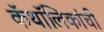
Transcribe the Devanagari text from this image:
कॅथॉलिकांची